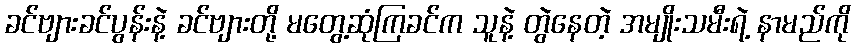
ခင်ဗျားခင်ပွန်းနဲ့ ခင်ဗျားတို့ မတွေ့ဆုံကြခင်က သူနဲ့ တွဲနေတဲ့ အမျိုးသမီးရဲ့ နာမည်ကို